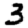
Digit: 3